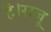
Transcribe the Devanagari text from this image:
है।राजू